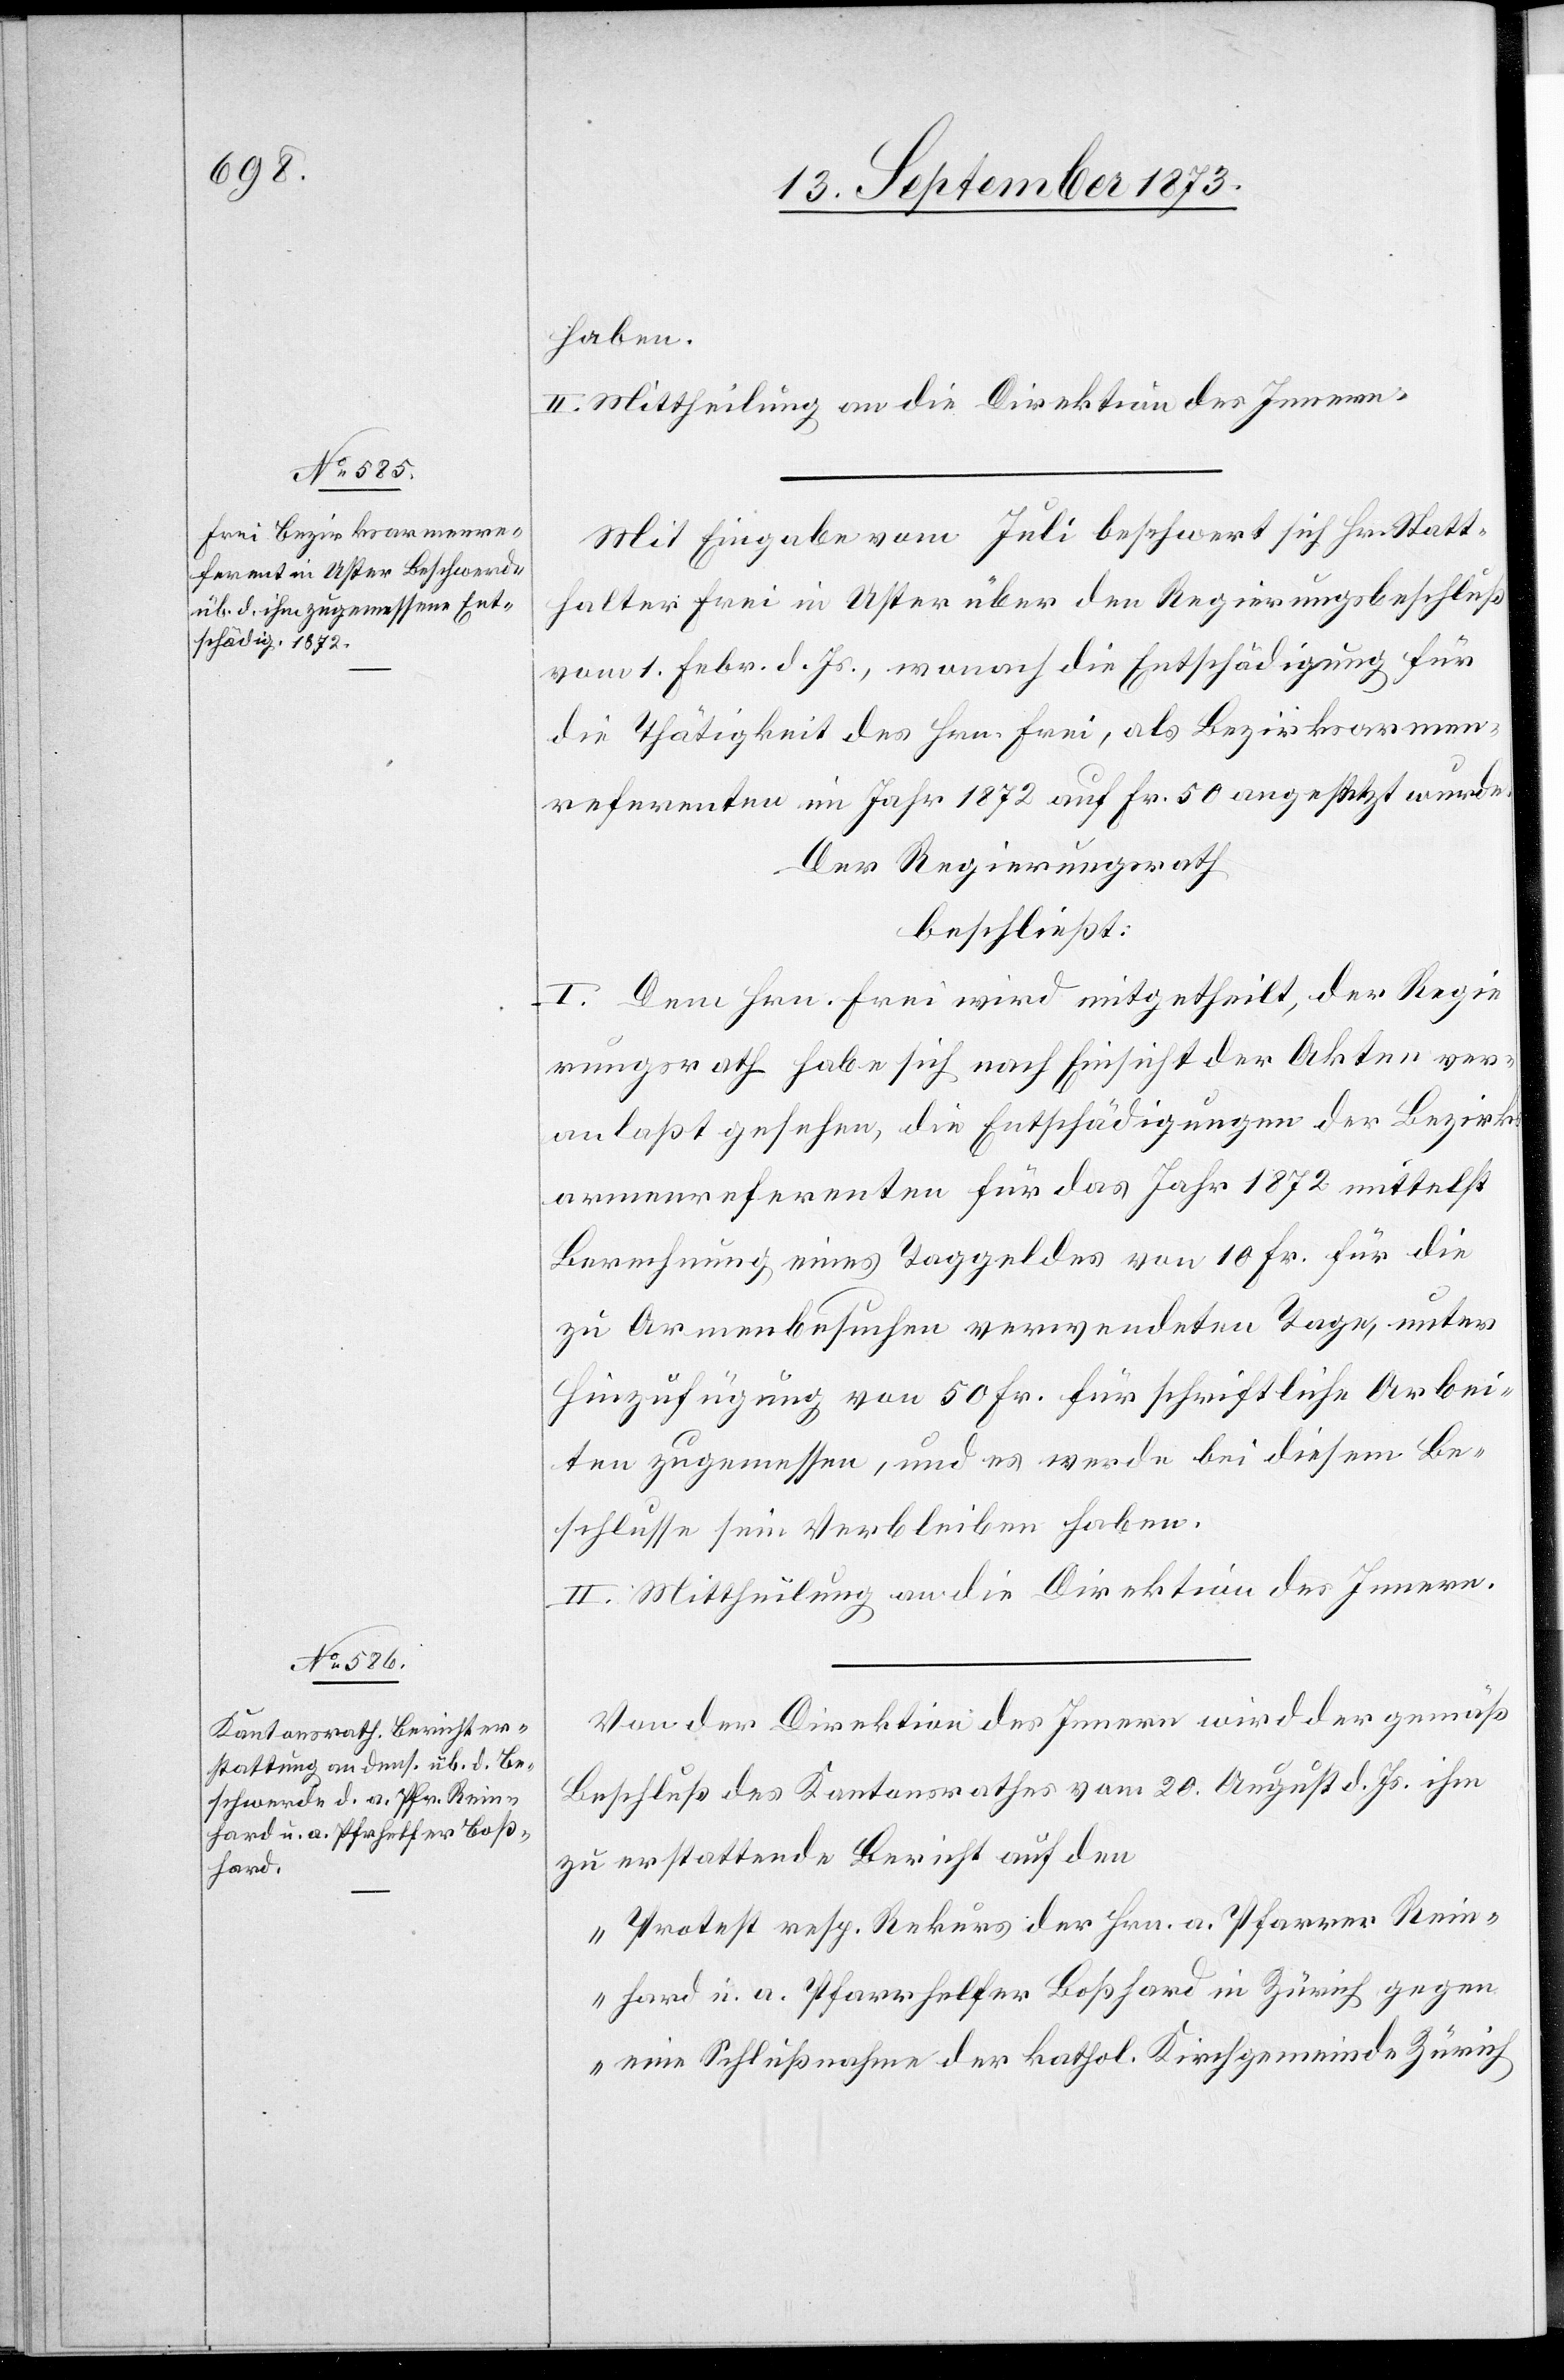
haben.
II. Mittheilung an die Direktion des Innern.
Mit Eingabe vom Juli beschwert sich Hr. Statt¬
halter Frei in Uster über den Regierungsbeschluß
vom 1. Febr. d. Js., wonach die Entschädigung für
die Thätigkeit des Hrn. Frei, als Bezirksarmen¬
referenten im Jahr 1872 auf Fr. 50 angesetzt wurde.
Der Regierungsrath
beschließt:
I. Dem Hrn. Frei wird mitgehteilt, der Regie¬
rungsrath habe sich nach Einsicht der Akten ver¬
anlaßt gesehen, die Entschädigungen der Bezirks¬
armenreferenten für das Jahr 1872 mittelst
Berechnung eines Taggeldes von 10 Fr. für die
zu Armenbesuchen verwendeten Tage, unter
Hinzufügung von 50 Fr. für schriftliche Arbei¬
ten zugemessen [sic!], und es werde bei diesem Be¬
schlusse sein Verbleiben haben.
II. Mittheilung an die Direktion des Innern.
Von der Direktion des Innern wird der gemäß
Beschluß des Kantonsrathes vom 20. August d. Js. ihm
zu erstattende Bericht auf den
„Protest resp. Rekurs der Hrn. a. Pfarrer Rein¬
hard u. a. Pfarrhelfer Boßhard in Zürich gegen
eine Schlußnahme der kathol. Kirchgemeinde Zürich